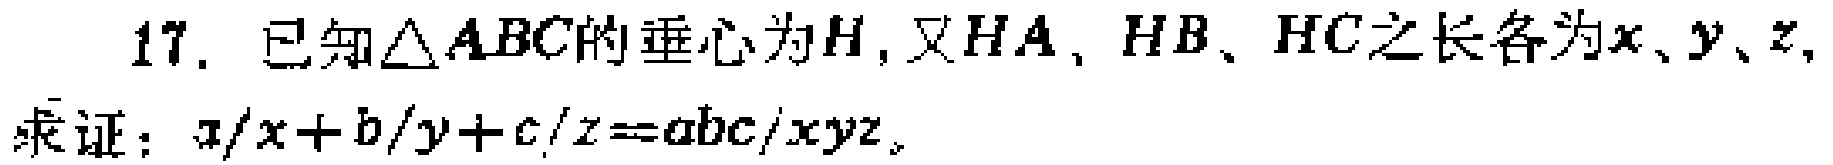
17. 已知\(\triangle ABC\)的垂心为\(H\)，又\(HA\)、\(HB\)、\(HC\)之长各为\(x\)、\(y\)、\(z\)，
求证：\(a/x + b/y + c/z = abc/xyz\)。